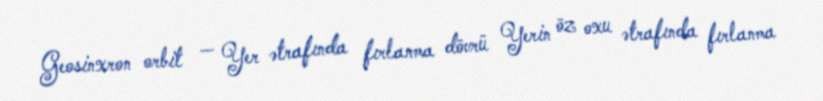
Geosinxron orbit — Yer ətrafında fırlanma dövrü Yerin öz oxu ətrafında fırlanma